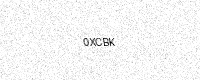
Text: 0XCBK